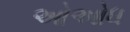
ઓઓધ